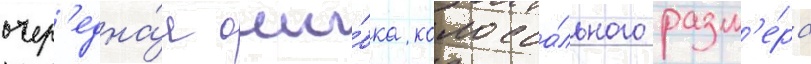
очер'една́я оши́бка колосса́льного разм'е́ра